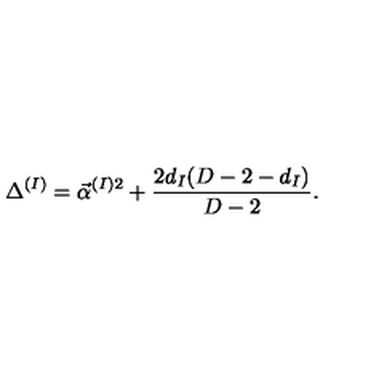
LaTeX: \Delta ^ { ( I ) } = \vec { \alpha } ^ { ( I ) 2 } + { \frac { 2 d _ { I } ( D - 2 - d _ { I } ) } { D - 2 } } .